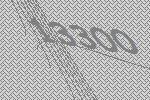
13300